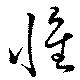
懐